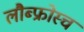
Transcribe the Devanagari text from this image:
लौब्फ्रोस्च